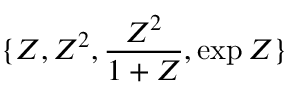
\{ Z , Z ^ { 2 } , \frac { Z ^ { 2 } } { 1 + Z } , \exp { Z } \}